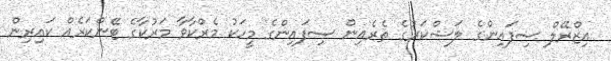
އިޒްރޭލް ސިފައިންގެ ލަޝްކަރުގެ ތެރެއިން ސިފައިންގެ މީހަކު މެރްކާވާ މަރުކާގެ ޓޭންކަރެއް ކައިރިން